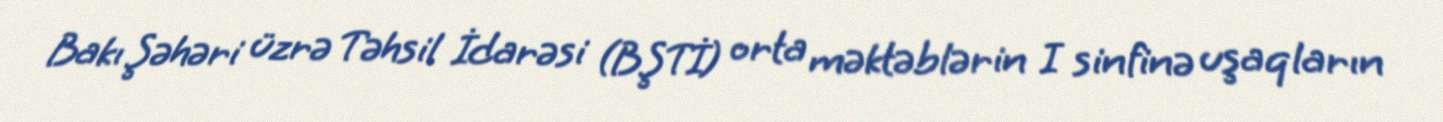
Bakı Şəhəri üzrə Təhsil İdarəsi (BŞTİ) orta məktəblərin I sinfinə uşaqların